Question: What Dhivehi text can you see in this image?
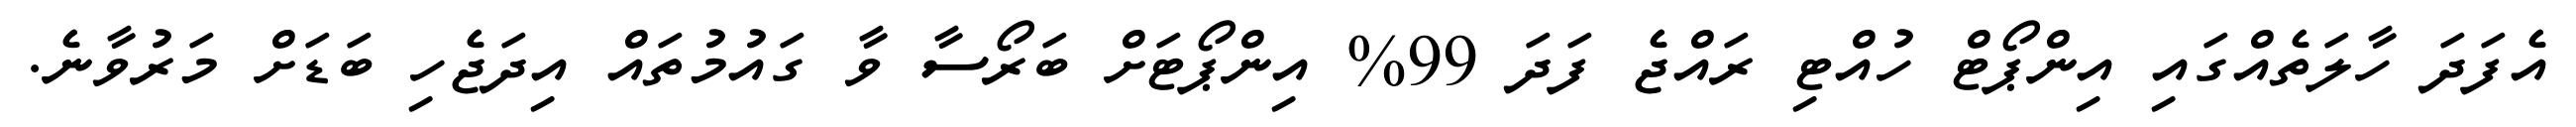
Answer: އެފަދަ ހާލަތެއްގައި އިންޕޯޓް ހުއްޓި ރައްޖެ ފަދަ 99% އިންޕޯޓަށް ބަރޯސާ ވާ ގައުމުތައް އިދަޖެހި ބަޑަށް މަރުވާނެ.